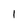
Character: l